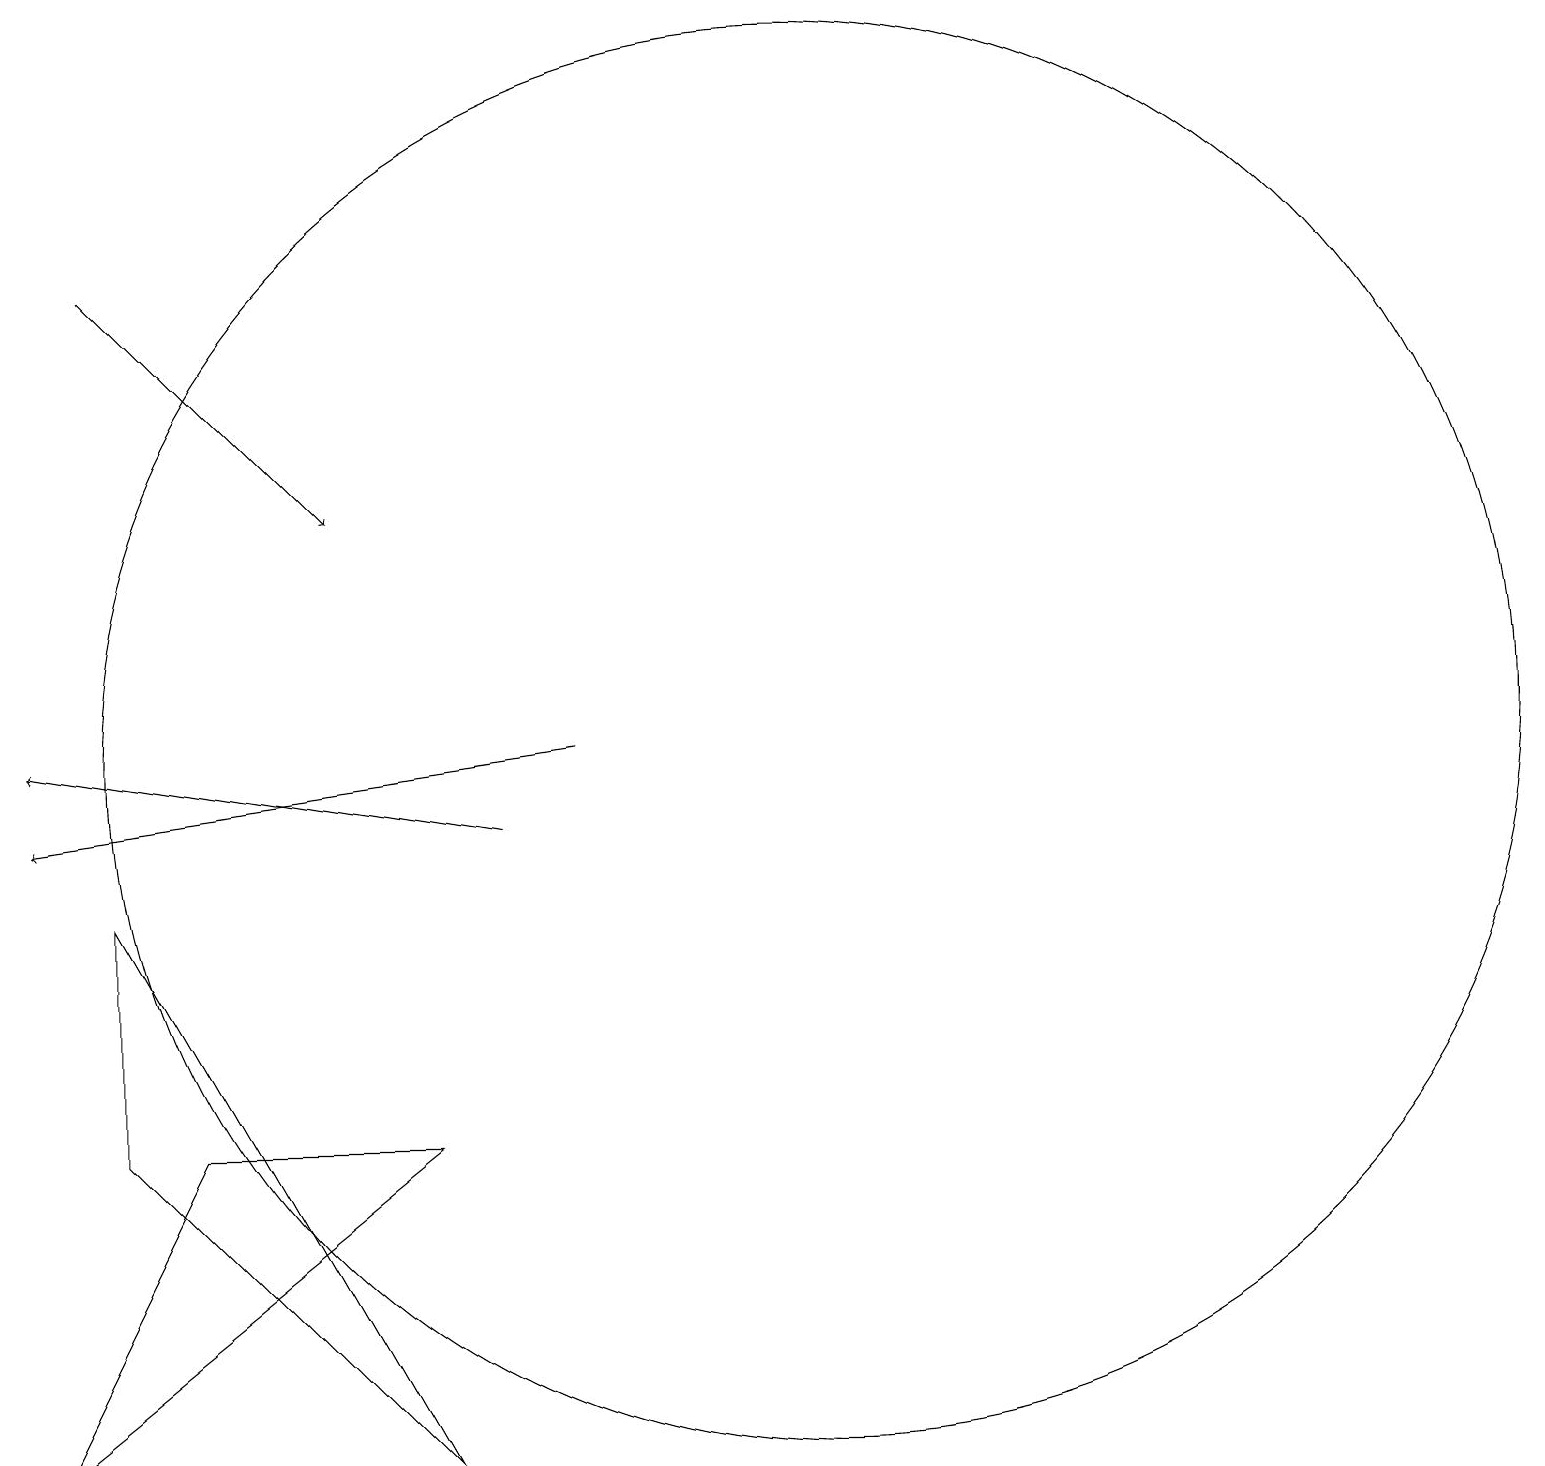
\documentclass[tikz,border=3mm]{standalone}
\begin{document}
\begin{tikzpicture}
\draw[->] (7,10) -- (1,11);
\draw[->] (8,11) -- (1,10);
\draw[->] (2,17) -- (5,14);
\draw (6,6) -- (3,6) -- (1,2) -- cycle;
\draw (2,6) -- (2,9) -- (6,2) -- cycle;
\draw (11,11) circle (9);
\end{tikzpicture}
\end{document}